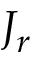
J _ { r }